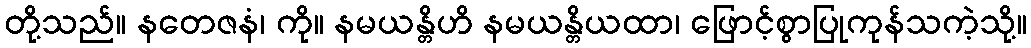
တို့သည်။ နတေဇနံ၊ ကို။ နမယန္တိဟိ နမယန္တိယထာ၊ ဖြောင့်စွာပြုကုန်သကဲ့သို့။